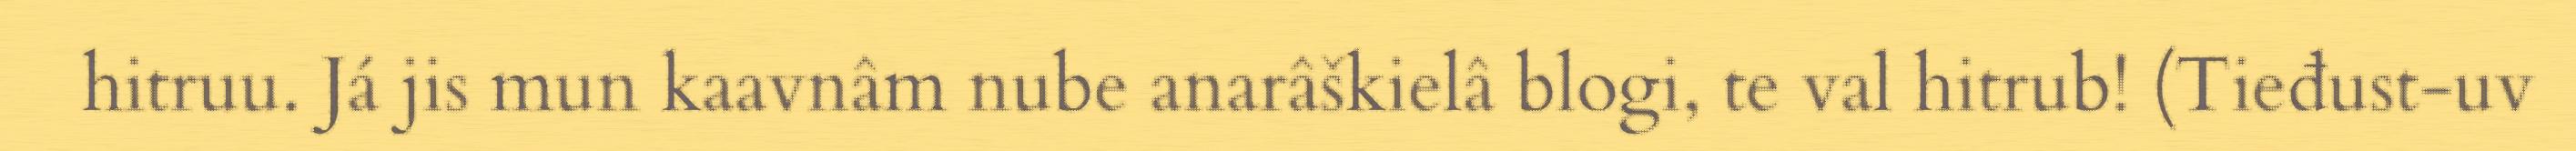
hitruu. Já jis mun kaavnâm nube anarâškielâ blogi, te val hitrub! (Tieđust-uv